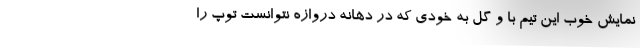
نمایش خوب این تیم با و گل به خودی که در دهانه دروازه نتوانست توپ را